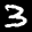
Label: 3